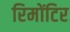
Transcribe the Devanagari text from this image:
रिमोंटिर